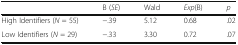
|  | B (SE) | Wald | Exp(B) | p |
 | --- | --- | --- | --- | --- |
 | High Identifiers (N = 55) | −.39 | 5.12 | 0.68 | .02 |
 | Low Identifiers (N = 29) | −.33 | 3.30 | 0.72 | .07 |